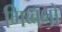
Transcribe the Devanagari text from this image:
गिब्बनों